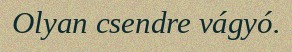
Olyan csendre vágyó.